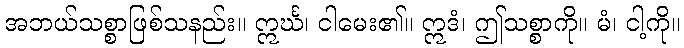
အဘယ်သစ္စာဖြစ်သနည်း။ ဣင်္ဃ၊ ငါမေး၏။ ဣဒံ၊ ဤသစ္စာကို။ မံ၊ ငါ့ကို။